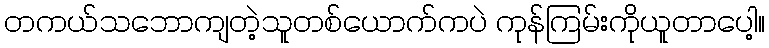
တကယ်သဘောကျတဲ့သူတစ်ယောက်ကပဲ ကုန်ကြမ်းကိုယူတာပေါ့။